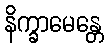
နိက္ခာမေန္တေ